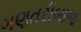
ગણતરીબાજ